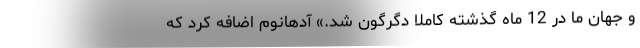
و جهان ما در 12 ماه گذشته کاملا دگرگون شد.» آدهانوم اضافه کرد که